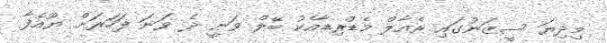
މިދިޔަ ސީޒަނުގައި ރެއާލް މެޑްރިޑާއެކު ބޭލް ވަނީ ދެ ވަނަ ފަހަރަށް ޔޫއެފާ